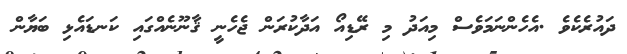
ދައުރެކެވެ .އެހެންނަމަވެސް މިއަދު މި ރޭޑިއޯ އަދާކުރަން ޖެހެނީ ޤާނޫނެއްގައި ކަނޑައެޅި ބަޔާން